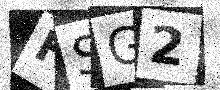
Text: HSG2